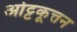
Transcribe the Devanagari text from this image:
ओट्टकूत्तन